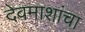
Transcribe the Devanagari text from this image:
देवमाशांचा